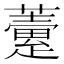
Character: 𧀶